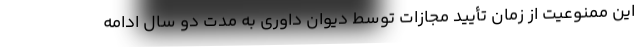
این ممنوعیت از زمان تأیید مجازات توسط دیوان داوری به مدت دو سال ادامه